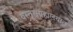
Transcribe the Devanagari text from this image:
वस्तूसंग्रहालयात